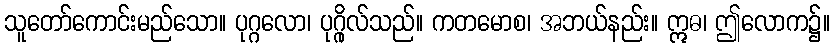
သူတော်ကောင်းမည်သော။ ပုဂ္ဂလော၊ ပုဂ္ဂိုလ်သည်။ ကတမောစ၊ အဘယ်နည်း။ ဣဓ၊ ဤလောက၌။